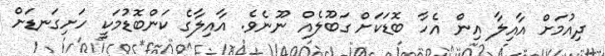
ދިއުމަށް އާއިލާ އިން އެހާ ބޮޑަކަށް ގަބޫލެއް ނޫނެވެ. އާއިލާގެ ކަންބޮޑުމަކީ ހަށިގަނޑަށް